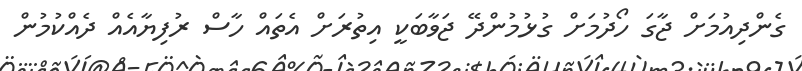
ގެންދިއުމަށް ޖާގަ ހޯދުމަށް ގުޅުމުންދޭ ޖަވާބަކީ އިތުރަށް އެތައް ހާސް ރުފިޔާއެއް ދެއްކުމުން